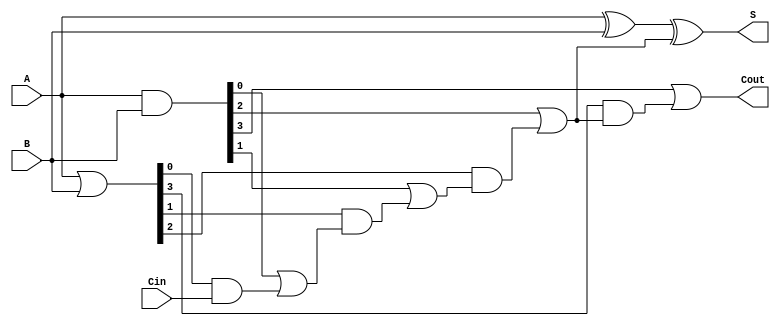
module CarryLookaheadAdder #(parameter N = 4) (
    input  [N-1:0] A,     // First n-bit input
    input  [N-1:0] B,     // Second n-bit input
    input         Cin,     // Carry-in
    output [N-1:0] S,      // n-bit sum output
    output        Cout      // Carry-out
);

    // Generate and Propagate signals
    wire [N-1:0] G; // Generate
    wire [N-1:0] P; // Propagate
    wire [N:0] C;   // Carry signals

    // Generate and Propagate logic
    assign G = A & B;          // Gi = Ai AND Bi
    assign P = A | B;          // Pi = Ai OR Bi

    // Carry generation using carry lookahead logic
    assign C[0] = Cin;         // C0 = Cin
    genvar i;
    generate
        for (i = 0; i < N; i = i + 1) begin : carry_calc
            if (i == 0) begin
                assign C[i + 1] = G[i] | (P[i] & C[i]); // C1 = G0 OR (P0 AND C0)
            end else begin
                assign C[i + 1] = G[i] | (P[i] & C[i]); // Ci = Gi-1 OR (Pi-1 AND Ci-1)
            end
        end
    endgenerate

    // Sum calculation
    assign S = A ^ B ^ C[N-1]; // Si = Ai XOR Bi XOR Ci

    // Carry-out
    assign Cout = C[N]; // Cout = CN

endmodule